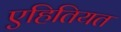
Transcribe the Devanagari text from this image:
एहितियत